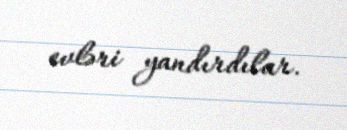
evləri yandırdılar.